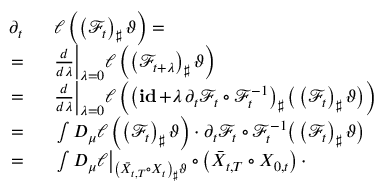
\begin{array} { r l } { \partial _ { t } \ } & { { } \ \ell \left( \left( \mathcal F _ { t } \right) _ { \sharp } \vartheta \right) = } \\ { = \ } & { { } \ \frac { d } { d \lambda } \Big | _ { \lambda = 0 } \ell \left( \left( \mathcal F _ { t + \lambda } \right) _ { \sharp } \vartheta \right) } \\ { = \ } & { { } \ \frac { d } { d \lambda } \Big | _ { \lambda = 0 } \ell \left( \left( \mathop { \bf i d } + \lambda \, \partial _ { t } \mathcal F _ { t } \circ \mathcal F _ { t } ^ { - 1 } \right) _ { \sharp } \big ( \left( \mathcal F _ { t } \right) _ { \sharp } \vartheta \big ) \right) } \\ { = \ } & { { } \ \int D _ { \mu } \ell \left( \left( \mathcal F _ { t } \right) _ { \sharp } \vartheta \right) \cdot \partial _ { t } \mathcal F _ { t } \circ \mathcal F _ { t } ^ { - 1 } \d { \big ( \left( \mathcal F _ { t } \right) _ { \sharp } \vartheta \big ) } } \\ { = \ } & { { } \ \int D _ { \mu } \ell \big | _ { \left( \bar { X } _ { t , T } \circ X _ { t } \right) _ { \sharp } \vartheta } \circ \left( \bar { X } _ { t , T } \circ X _ { 0 , t } \right) \cdot } \end{array}